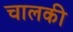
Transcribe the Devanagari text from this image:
चालकी